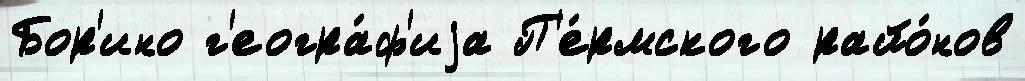
Бор'ино г'еогра́ф'иjа П'е́рмского райо́нов